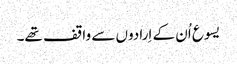
‏ یسوع اُن کے اِرادوں سے واقف تھے۔